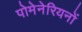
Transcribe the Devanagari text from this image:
पोमेनेरियनों